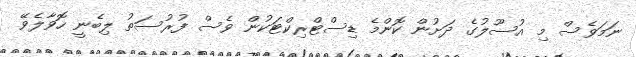
ނަމަވެސް މި އުސޫލުގެ ދަށުން ކޮންމެ ޑިސްޓްރިކްޓަކުން ވެސް ފުރުސަތު ލިބެނީ ހޮވާލެވޭ